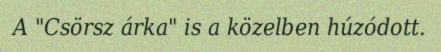
A "Csörsz árka" is a közelben húzódott.